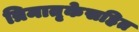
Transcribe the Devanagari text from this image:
त्रिमातृकेसहित